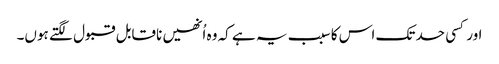
اور کسی حد تک اس کا سبب یہ ہے کہ وہ اُنھیں ناقابل قبول لگتے ہوں۔